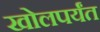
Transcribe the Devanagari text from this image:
खोलपर्यंत